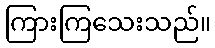
ကြားကြသေးသည်။